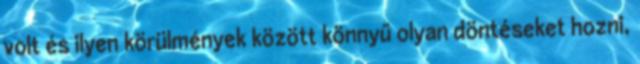
volt és ilyen körülmények között könnyű olyan döntéseket hozni,